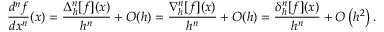
{ \frac { d ^ { n } f } { d x ^ { n } } } ( x ) = { \frac { \Delta _ { h } ^ { n } [ f ] ( x ) } { h ^ { n } } } + O ( h ) = { \frac { \nabla _ { h } ^ { n } [ f ] ( x ) } { h ^ { n } } } + O ( h ) = { \frac { \delta _ { h } ^ { n } [ f ] ( x ) } { h ^ { n } } } + O \left( h ^ { 2 } \right) .